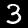
Digit: 3